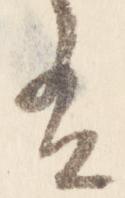
有